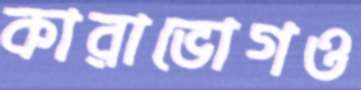
কারাভোগও